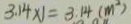
3 . 1 4 \times 1 = 3 . 1 4 ( m ^ { 2 } )